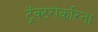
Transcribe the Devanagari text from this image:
ट्रॅक्टरांकरिता